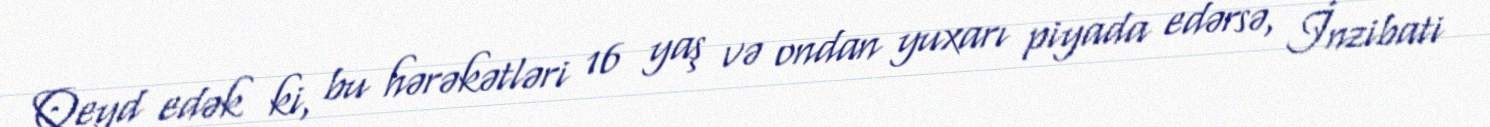
Qeyd edək ki, bu hərəkətləri 16 yaş və ondan yuxarı piyada edərsə, İnzibati